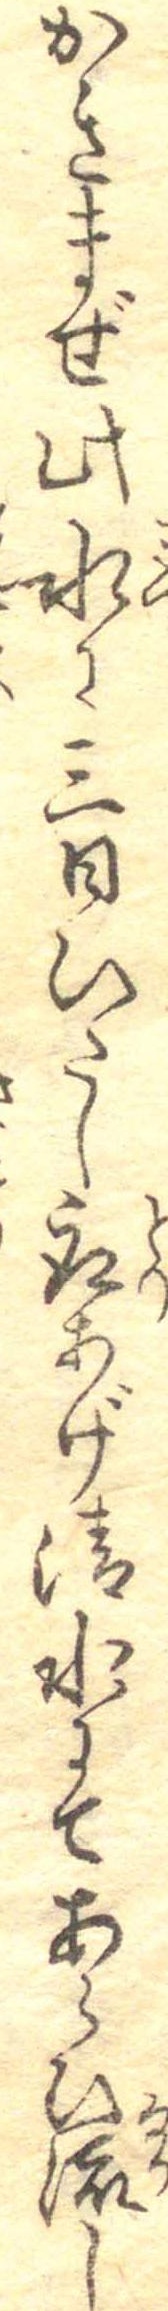
かきまぜ此水に三日ひたし取あげ清水にてあらひ流し